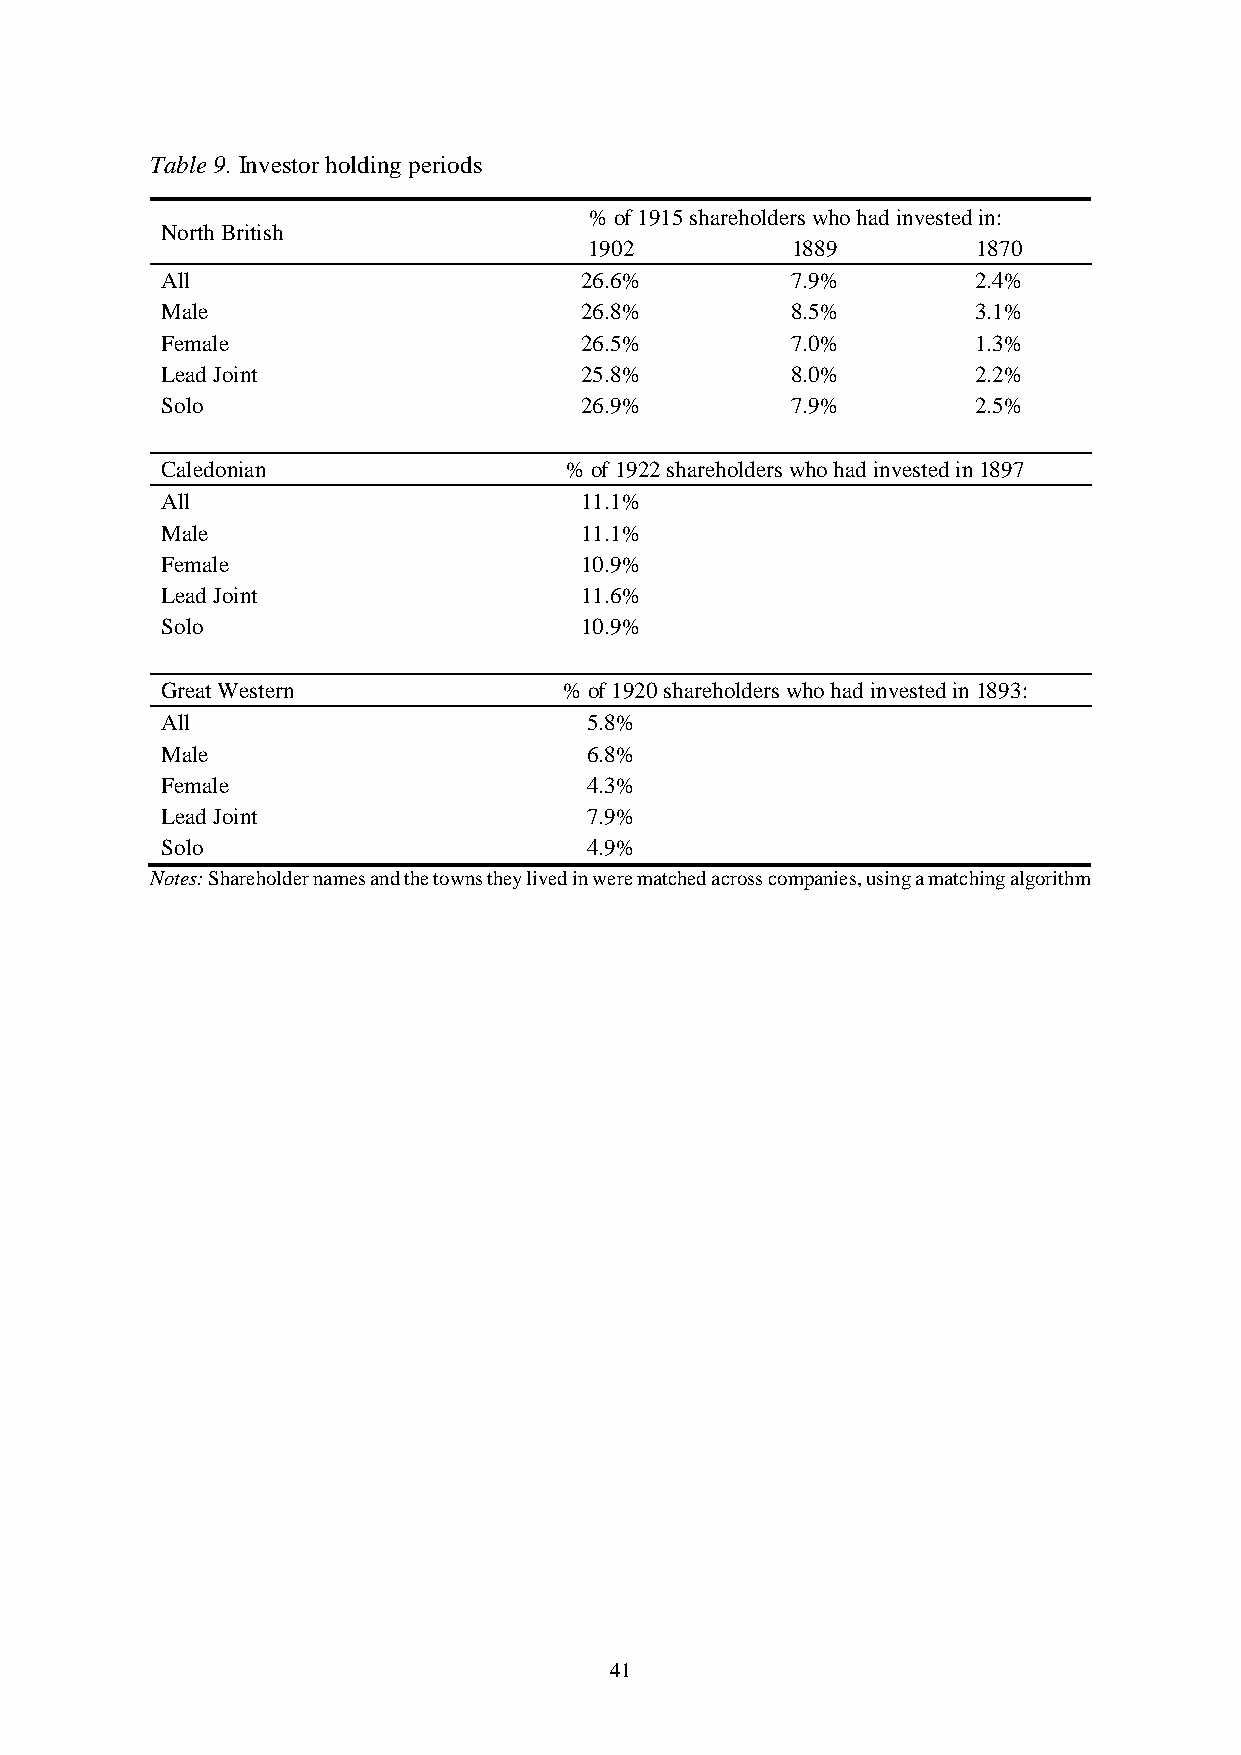
Table 9. Investor holding periods
 % of 1915 shareholders who had invested in:
 North British
 1902         1889         1870
 All                        26.6%         7.9%         2.4%
 Male                       26.8%         8.5%         3.1%
 Female                     26.5%         7.0%         1.3%
 Lead Joint                 25.8%         8.0%         2.2%
 Solo                       26.9%         7.9%         2.5%
 Caledonian                % of 1922 shareholders who had invested in 1897
 All                        11.1%
 Male                       11.1%
 Female                     10.9%
 Lead Joint                 11.6%
 Solo                       10.9%
 Great Western             % of 1920 shareholders who had invested in 1893:
 All                         5.8%
 Male                        6.8%
 Female                      4.3%
 Lead Joint                  7.9%
 Solo                        4.9%
 Notes: Shareholder names and the towns they lived in were matched across companies, using a matching algorithm
 41